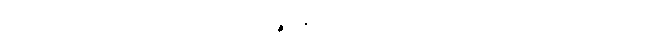
ဖြစ်ကုန်၏။” ဣတိ၊ ဤသို့။ အရူပဉ္စ၊ နာမ်ကိုလည်း။ ဝဝတ္ထပေတွာ၊ မှတ်၍။ တဿ၊